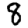
Digit: 8